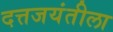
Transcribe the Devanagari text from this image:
दत्तजयंतीला